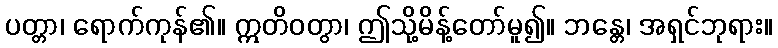
ပတ္တာ၊ ရောက်ကုန်၏။ ဣတိဝတွာ၊ ဤသို့မိန့်တော်မူ၍။ ဘန္တေ၊ အရှင်ဘုရား။